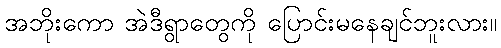
အဘိုးကော အဲဒီရွာတွေကို ပြောင်းမနေချင်ဘူးလား။